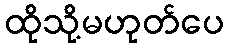
ထိုသို့မဟုတ်ပေ